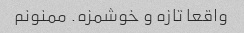
واقعا تازه و خوشمزه. ممنونم